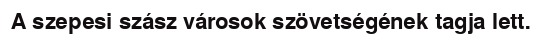
A szepesi szász városok szövetségének tagja lett.